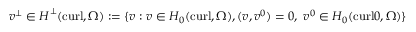
\boldsymbol { v } ^ { \bot } \in \boldsymbol { H } ^ { \bot } ( \mathrm { c u r l } , \Omega ) : = \{ \boldsymbol { v } : \boldsymbol { v } \in \boldsymbol { H } _ { 0 } ( \mathrm { c u r l } , \Omega ) , ( \boldsymbol { v } , \boldsymbol { v } ^ { 0 } ) = 0 , \ \boldsymbol { v } ^ { 0 } \in \boldsymbol { H } _ { 0 } ( \mathrm { c u r l } 0 , \Omega ) \}